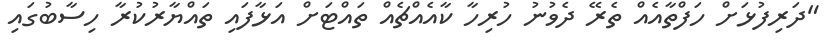
"ދަރިފުޅަށް ހަފްތާއެއް ތެރޭ ދެވުނު ހުރިހާ ކާއެއްޗެއް ތައްޓަށް އަޅާފައި ތައްޔާރުކުރާ ހިސާބުގައި